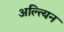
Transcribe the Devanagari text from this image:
अल्त्यिन